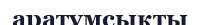
аратұмсықты